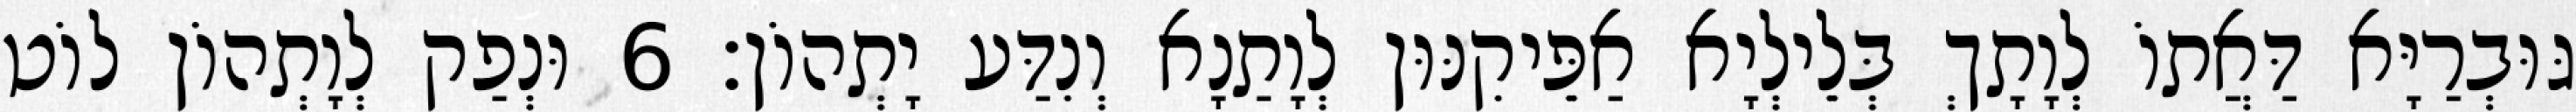
גּוּבְרַיָּא דַּאֲתוֹ לְוָתָךְ בְּלֵילְיָא אַפֵּיקִנּוּן לְוָתַנָא וְנִדַּע יָתְהוֹן׃ 6 וּנְפַק לְוָתְהוֹן לוֹט